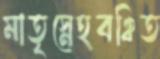
মাতৃস্নেহবঞ্চিত